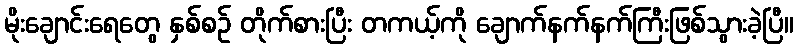
မိုးချောင်းရေတွေ နှစ်စဉ် တိုက်စားပြီး တကယ့်ကို ချောက်နက်နက်ကြီးဖြစ်သွားခဲ့ပြီ။